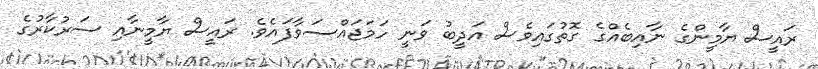
ރައީސް ޔާމީންގެ ނާއިބެއްގެ ގޮތުގައިވެސް އަދީބު ވަނީ ހަމަޖައްސަވާފައެވެ. ރައީސް ޔާމީނާއި ސަރުކާރުގެ